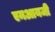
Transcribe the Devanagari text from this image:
एमआयजी